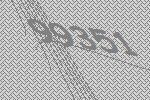
99351